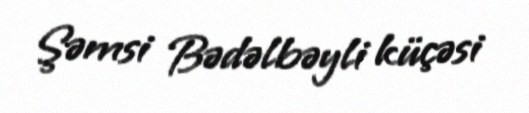
Şəmsi Bədəlbəyli küçəsi